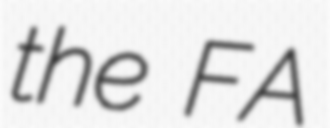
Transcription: the FA